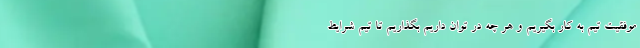
موفقیت تیم به کار بگیریم و هر چه در توان داریم بگذاریم تا تیم شرایط